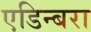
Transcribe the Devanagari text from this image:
एडिन्बरा